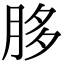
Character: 䏧